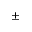
^ { \pm }